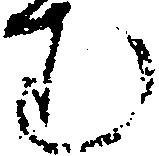
む